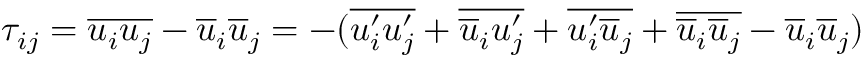
\tau _ { i j } = \overline { { u _ { i } u _ { j } } } - \overline { { u } } _ { i } \overline { { u } } _ { j } = - ( \overline { { u _ { i } ^ { \prime } u _ { j } ^ { \prime } } } + \overline { { \overline { { u } } _ { i } u _ { j } ^ { \prime } } } + \overline { { u _ { i } ^ { \prime } \overline { { u } } _ { j } } } + \overline { { \overline { { u } } _ { i } \overline { { u } } _ { j } } } - \overline { { u } } _ { i } \overline { { u } } _ { j } )